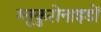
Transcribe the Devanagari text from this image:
ग्लूकुरोनाइडों